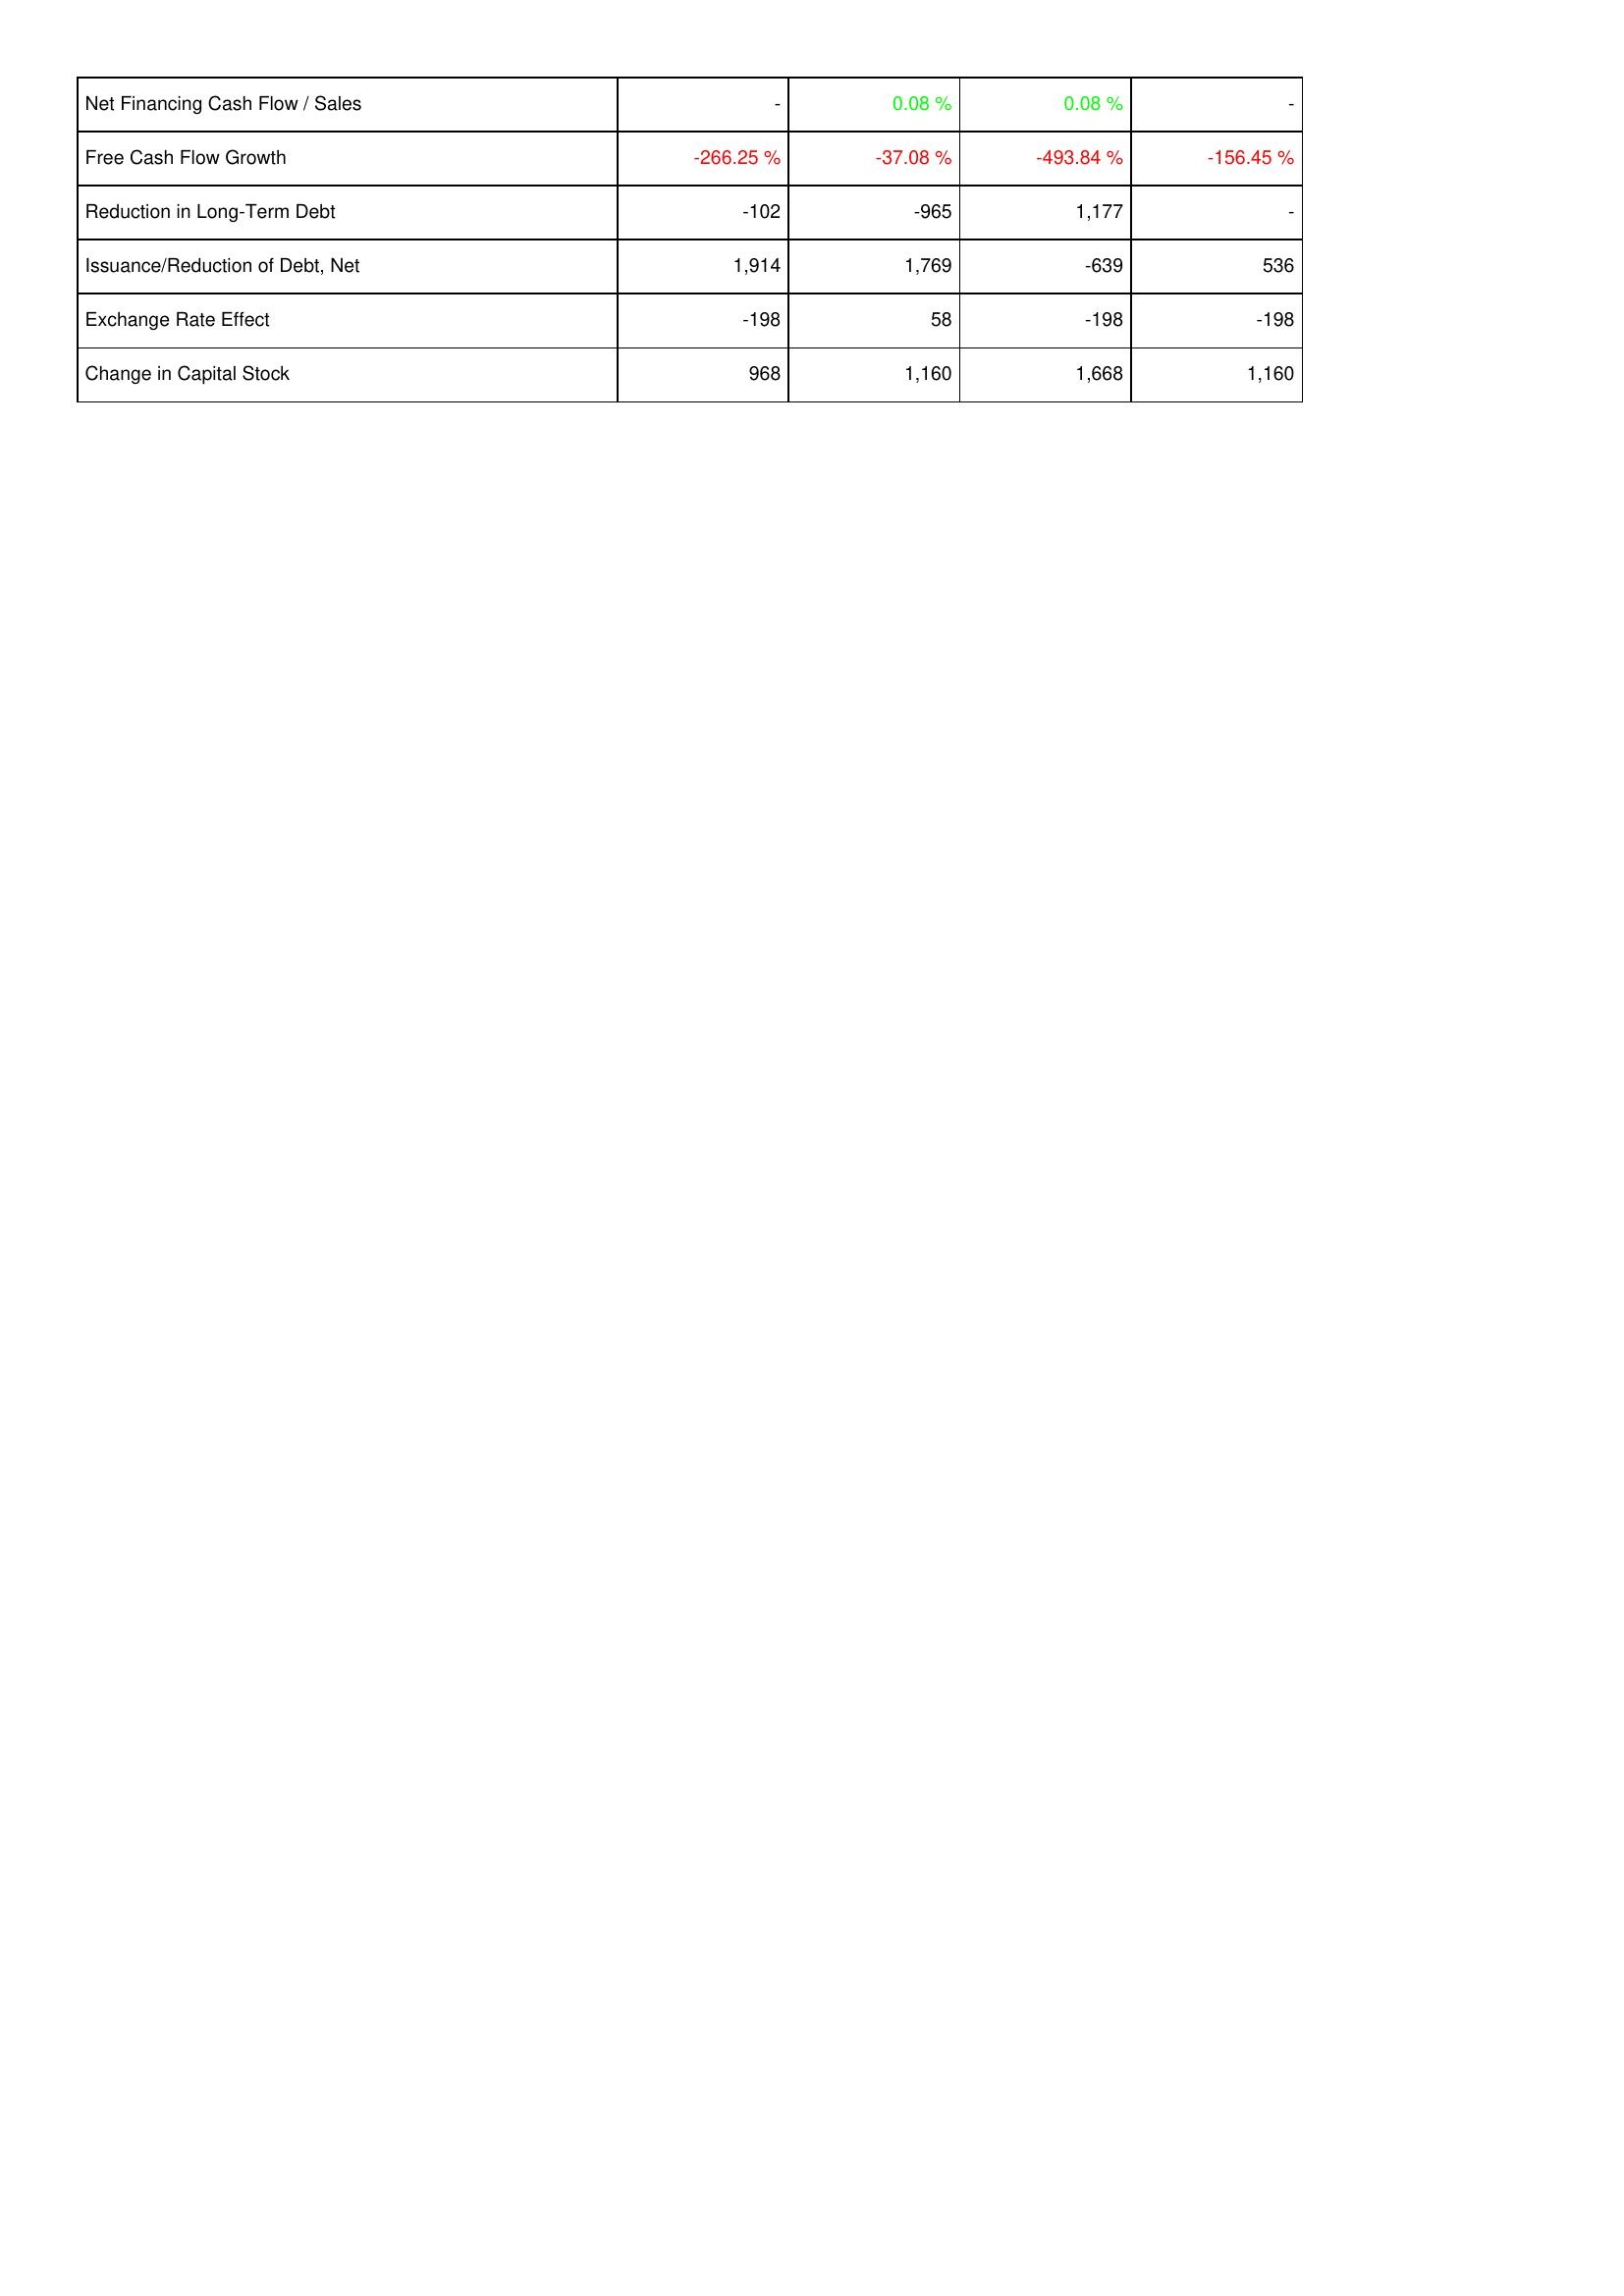
2012: Financing Activities: Net Financing Cash Flow / Sales: -
Free Cash Flow Growth: -266.25 %
Reduction in Long-Term Debt: -102
Issuance/Reduction of Debt, Net: 1,914
Exchange Rate Effect: -198
Change in Capital Stock: 968
2011: Financing Activities: Net Financing Cash Flow / Sales: 0.08 %
Free Cash Flow Growth: -37.08 %
Reduction in Long-Term Debt: -965
Issuance/Reduction of Debt, Net: 1,769
Exchange Rate Effect: 58
Change in Capital Stock: 1,160
2010: Financing Activities: Net Financing Cash Flow / Sales: 0.08 %
Free Cash Flow Growth: -493.84 %
Reduction in Long-Term Debt: 1,177
Issuance/Reduction of Debt, Net: -639
Exchange Rate Effect: -198
Change in Capital Stock: 1,668
2009: Financing Activities: Net Financing Cash Flow / Sales: -
Free Cash Flow Growth: -156.45 %
Reduction in Long-Term Debt: -
Issuance/Reduction of Debt, Net: 536
Exchange Rate Effect: -198
Change in Capital Stock: 1,160